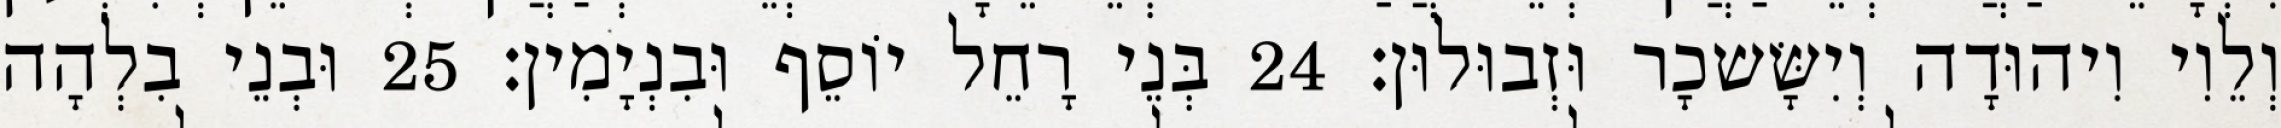
וְלֵוִי וִיהוּדָה וְיִשָּׂשכָר וּזְבוּלוּן׃ 24 בְּנֵי רָחֵל יוֹסֵף וּבִנְיָמִין׃ 25 וּבְנֵי בִלְהָה